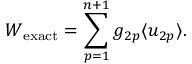
W _ { \mathrm { e x a c t } } = \sum _ { p = 1 } ^ { n + 1 } g _ { 2 p } \langle u _ { 2 p } \rangle .